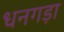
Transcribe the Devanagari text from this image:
धनगड़ा